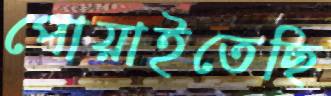
পোয়াইতেছি